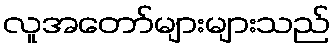
လူအတော်များများသည်